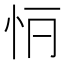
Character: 𢗶